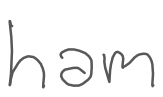
Text: ham
Cross-out: clean
Writing tool: digital_gray